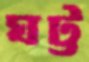
ঘট্ট